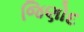
જિણોદ